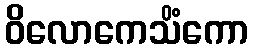
ဝိလောကေသိံကော